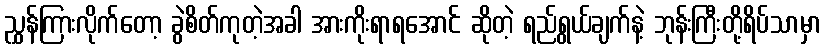
ညွှန်ကြားလိုက်တော့ ခွဲစိတ်ကုတဲ့အခါ အားကိုးရာရအောင် ဆိုတဲ့ ရည်ရွယ်ချက်နဲ့ ဘုန်းကြီးတို့ရိပ်သာမှာ